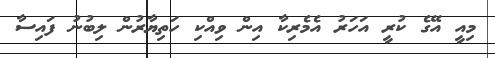
މިއީ އޭގެ ކުރީ އަހަރު އެމެރިކާ އިން ވިއްކި ހަތިޔާރުން ލިބުނު ފައިސާ